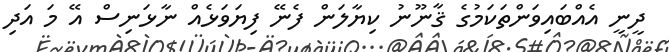
ދީނީ އެއްބައިވަންތަކަމުގެ ޤާނޫނު ކިޔާލަން ފެނޭ ފިޔަވަޅެއް ނާޅަނިސް އޭ މަ އަދި